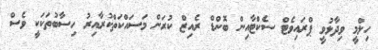
ހިލްމީ ވިދާޅުވީ ޕްރައިވެޓް ސެކްޓާއިން ބޮންޑް ރެއިޒް ކުރަން މަސައްކަތްކުރާއިރު ހިސާބުތަކަކީ ވެސް